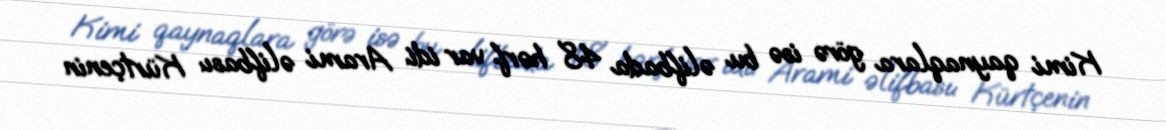
Kimi qaynaqlara görə isə bu əlifbada 48 hərf var idi. Arami əlifbası: Kürtçenin